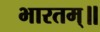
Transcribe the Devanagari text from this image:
भारतम्॥